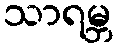
သာရမ္ဘ